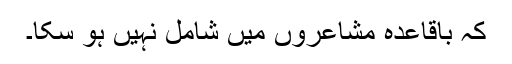
کہ باقاعدہ مشاعروں میں شامل نہیں ہو سکا۔